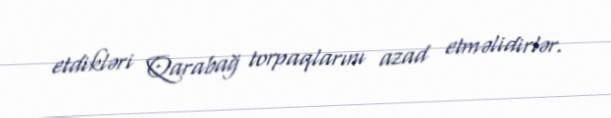
etdikləri Qarabağ torpaqlarını azad etməlidirlər.